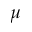
\mu